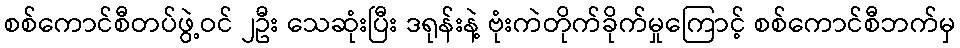
စစ်ကောင်စီတပ်ဖွဲ့ဝင် ၂ဦး သေဆုံးပြီး ဒရုန်းနဲ့ ဗုံးကဲတိုက်ခိုက်မှုကြောင့် စစ်ကောင်စီဘက်မှ